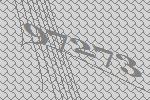
97273